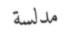
مدلسة